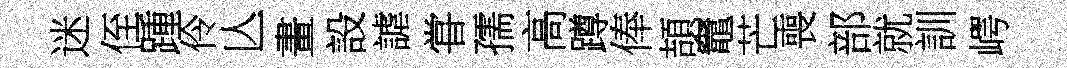
迷侄踵伶亾畫設謔甞孺高蹲俸頡竈芒喪部就訓崿